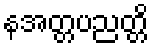
နအတ္တပညတ္တိ